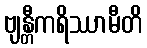
ဗျန္တီကရိဿာမီတိ